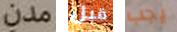
مدن قبل يجب